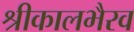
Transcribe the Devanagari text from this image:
श्रीकालभैरव